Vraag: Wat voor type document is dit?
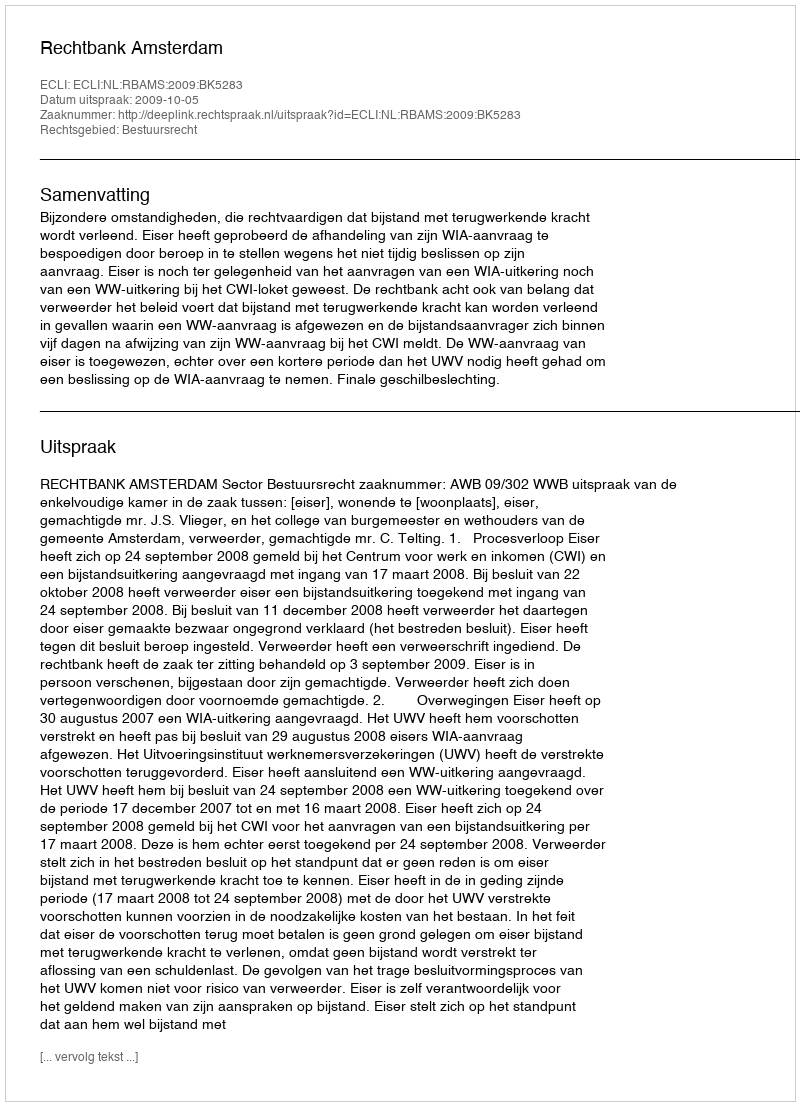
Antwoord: Uitspraak